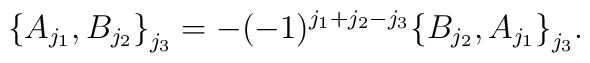
\big\{ A_{j_1},B_{j_2} \big\}_{j_3}  = - (-1)^{j_1+j_2-j_3}    \big\{ B_{j_2},A_{j_1} \big\}_{j_3}  .